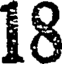
18